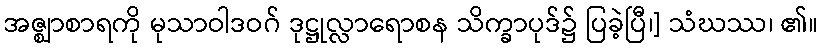
အဇ္ဈာစာရကို မုသာဝါဒဝဂ် ဒုဋ္ဌုလ္လာရောစန သိက္ခာပုဒ်၌ ပြခဲ့ပြီ၊] သံဃဿ၊ ၏။